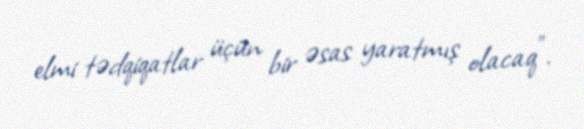
elmi tədqiqatlar üçün bir əsas yaratmış olacaq”.